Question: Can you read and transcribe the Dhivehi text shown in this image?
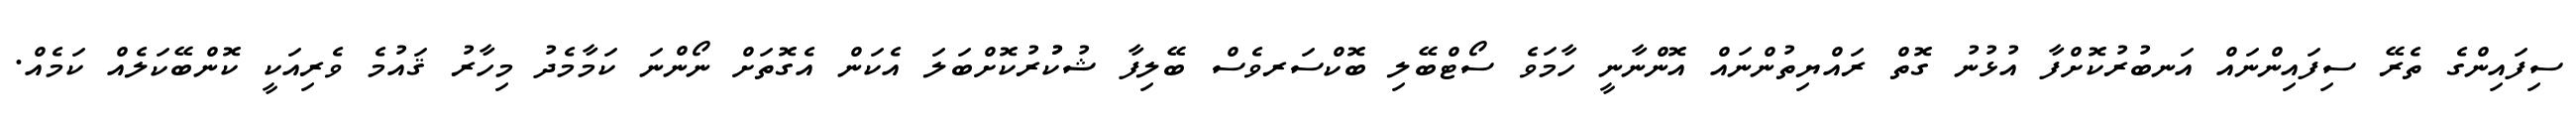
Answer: ސިފައިންގެ ތެރޭ ސިފައިންނައް އަނބުރުކޮށްފާ އުޅުނު ގޮތް ރައްޔިތުންނައް އޮންނާނީ ހާމަވެ ސޯޓްބޭލި ބޮކްސަރވެސް ބޭލިފާ ޝުކުުރުކޮށްބަލަ އެކަން އެގޮތަށް ނޯންނަ ކަމާމެދު މިހާރު ޤައުމެ ވެރިއަކީ ކޮންބޭކަލެއް ކަމެއް.